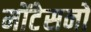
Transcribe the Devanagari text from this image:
मोंटेसनो